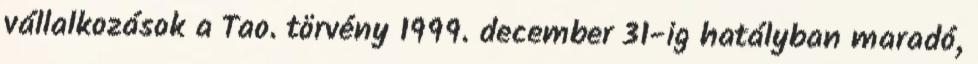
vállalkozások a Tao. törvény 1999. december 31-ig hatályban maradó,